Medical and sanitary report of the native army of Bengal for the year
Year: 1877
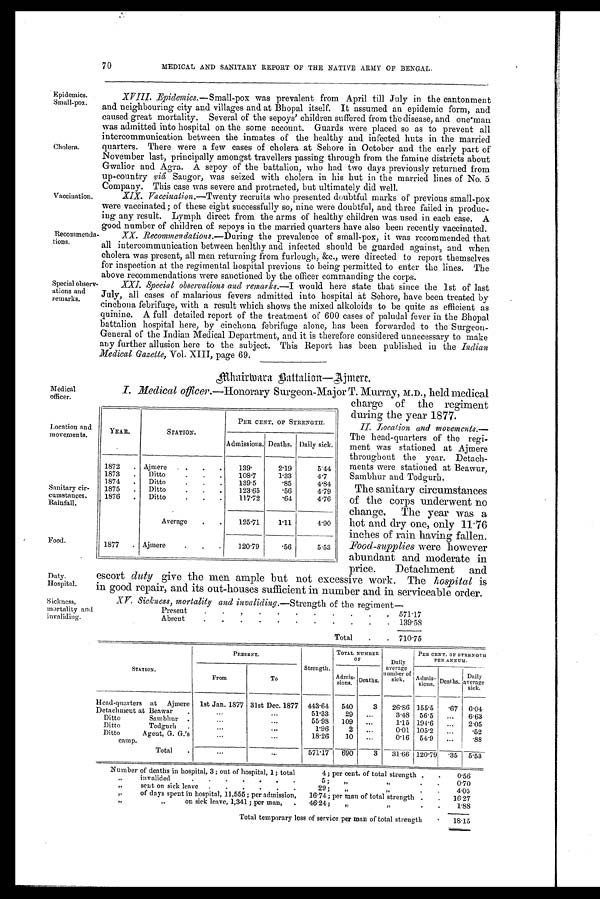
Epidemics.
Small-pox.
Cholera.
Vaccination.
Recommenda-
tions.
Special observ-
ations and
remarks.
Duty.
Hospital.
Sickness,
mortality and
MEDICAL AND SANITARY REPORT OF THE NATIVE ARMY OF BENGAL.
XVIII. Epidemics.—Small-pox was prevalent from April till July in the cantonment
and neighbouring city and villages and at Bhopal itself. It assumed an epidemic form, and
caused great mortality. Several of the sepoys' children suffered from the disease, and one'man
was admitted into hospital on the some account. Guards were placed so as to prevent all
intercommunication between the inmates of the healthy and infected huts in the married
quarters. There were a few cases of cholera at Sehore in October and the early part of
November last, principally amongst travellers passing through from the famine districts about
Gwalior and Agra. A sepoy of the battalion, who had two days previously returned from
up-country viâ Saugor, was seized with cholera in his hut in the married lines of No. 5
Company. This case was severe and protracted, but ultimately did well.
XIX. Vaccination.—Twenty recruits who presented doubtful marks of previous small-pox
were vaccinated; of these eight successfully so, nine were doubtful, and three failed in produc-
ing any result. Lymph direct from the arms of healthy children was used in each case. A
good number of children of sepoys in the married quarters have also been recently vaccinated.
XX. Recommendations.—During the prevalence of small-pox, it was recommended that
all intercommunication between healthy and infected should be guarded against, and when
cholera was present, all men returning from furlough, &c., were directed to report themselves
for inspection at the regimental hospital previous to being permitted to enter the lines. The
above recommendations were sanctioned by the officer commanding the corps.
XXI. Special observations and remarks.— I would here state that since the 1st of last
July, all cases of malarious fevers admitted into hospital at Sehore, have been treated by
cinchona febrifuge, with a result which shows the mixed alkoloids to be quite as efficient as
quinine. A full detailed report of the treatment of 600 cases of paludal fever in the Bhopal
battalion hospital here, by cinchona febrifuge alone, has been forwarded to the Surgeon-
General of the Indian. Medical Department, and it is therefore considered unnecessary to make
any further allusion here to the subject. This Report has been published in the Indian
Medical Gazette, Vol. XIII, page 69.
Mhairwara Battalion—Ajmere.
Medical
officer.
Location and
movements.
Sanitary cir-
cumstances.
Rainfall.
Food.
I. Medical officer .—Honorary Surgeon-Major T. Murray, M.D., held medical
charge of the regiment
during the year 1877.
II. Location and movements.
— The head-quarters of the regi-
ment was stationed at Ajmere
throughout the year. Detach-
ments were stationed at Beawur,
Sambhur and Todgurh.
The sanitary circumstances
of the corps underwent no
change. The year was a
hot and dry one, only 11.76
inches of rain having fallen.
Food-supplies were however
abundant and moderate in
price.
Detachment and
escort duty give the men ample but not excessive work. The hospital is
in good repair, and its out-houses sufficient in number and in serviceable order.
XV. Sickness, mortality and invaliding.—Strength of the regiment
—
Present
.
.
.
.
.
.
. .
.
.
. 571.17
Absent
.
.
.
.
.
.
.
.
.
.
.
139.58
Total
.
.
710.75
STATION.
PRESENT.
Strength.
TOTAL NUMBER
OF
Daily
a v e r a g e
number of
sick.
PER CENT. OF STRENGTH
FER ANNUM.
From
To
Adrnis-
sions.
Deaths.
Adrnis-
sions.
Deaths.
Daily
average
sick.
H cad-quarters at
Ajmere
let Jan. 1877 31st Dec. 1877
443.64
540
3
26.86 155.5
. 6 7
6.04
Detachment at Bertwar
.
. . .
...
51.33
29
...
3.48
56.5
...
6.63
Ditto
Sambhur .
. . .
...
55.98
109
...
1.15 194.6
...
2.05
Ditto
Todgurli
.
...
...
1.96
0.01 105.2
... .52
Ditto
Agent, G. G.'s
...
...
18.26
10
...
0.16
54 . 9
. . .
. 8 8
camp.
Total
.
...
...
571.17
690
3
31.66 120.79
. 3 5 5.53
Number of deaths in hospital, 3; out of hospital, 1; total
4; per cent. of total strength .
.
0.56
„
invalided
.
. .
.
.
.
.
5 ;
,,
,,
.
.
0.70
„
sent on sick leave
.
.
.
.
.
29 ;
,, ,,
.
.
4 . 0 5
,,
of days spent in hospital, 11,555; per admission,
16.74; per man of total strength .
.
16.27
„
,,
on sick leave, 1,341 ; per man,
.
46.24;
„
„
.
.
1.88
Total temporary loss of service per man of total strength
.
18.15
YEAR.
STATION.
PER CENT. OF STRENGTH.
Admissions. Deaths. Daily sick.
1872
. Ajmere
.
.
.
139'
2.19
5.44
1873
.
Ditto
.
.
.
108.7
1.33
4.7
1874
.
Ditto
.
.
.
139.5
.85
4.84
1875
.
Ditto
.
.
.
12365
.56
4.79
1876
.
Ditto
.
.
.
117.72
.64
4.76
Average
.
.
125.71
1.11
490
1877
. Ajmere
.
.
.
120.79 .56
5.53